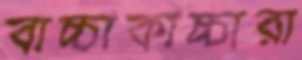
বাচ্চাকাচ্চারা